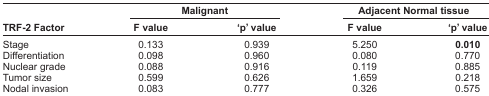
<table><thead><tr><td></td><td colspan="2"><b>Malignant</b></td><td colspan="2"><b>Adjacent Normal tissue</b></td></tr><tr><td><b>TRF-2 Factor</b></td><td><b>F value</b></td><td><b>‘p’ value</b></td><td><b>F value</b></td><td><b>‘p’ value</b></td></tr></thead><tbody><tr><td>Stage</td><td>0.133</td><td>0.939</td><td>5.250</td><td><b>0.010</b></td></tr><tr><td>Differentiation</td><td>0.098</td><td>0.960</td><td>0.080</td><td>0.770</td></tr><tr><td>Nuclear grade</td><td>0.088</td><td>0.916</td><td>0.119</td><td>0.885</td></tr><tr><td>Tumor size</td><td>0.599</td><td>0.626</td><td>1.659</td><td>0.218</td></tr><tr><td>Nodal invasion</td><td>0.083</td><td>0.777</td><td>0.326</td><td>0.575</td></tr></tbody></table>